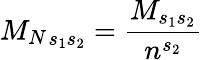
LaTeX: {M_{N}}_{s_{1}s_{2}}=\frac{M_{s_{1}s_{2}}}{n^{s_{2}}}